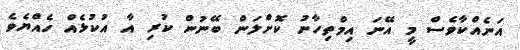
އަނެއްކާވެސް މީ އޭނަ އިމްތިހާނު ކޮށްލަން ބޭނުން ކުރި އާ އުކުޅެއް ހެއްޔެވެ